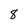
Character: 8